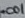
Text: .001